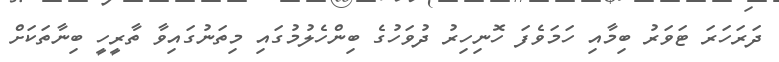
ދަރަހަރަ ޓަވަރު ބިމާއި ހަމަވެފަ ހޮނިހިރު ދުވަހުގެ ބިންހެލުމުގައި މިތަނުގައިވާ ތާރީހީ ބިނާތަކަށް